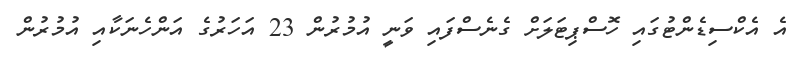
އެ އެކްސިޑެންޓުގައި ހޮސްޕިޓަލަށް ގެނެސްފައި ވަނީ އުމުރުން 23 އަހަރުގެ އަންހެނަކާއި އުމުރުން